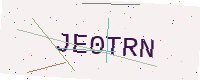
Text: JE0TRN